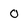
Character: 0